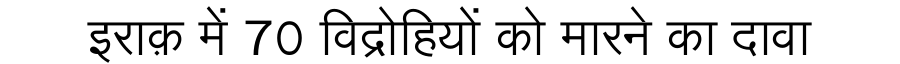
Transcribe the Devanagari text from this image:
इराक़ में 70 विद्रोहियों को मारने का दावा